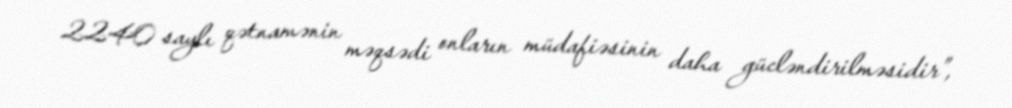
2240 saylı qətnamənin məqsədi onların müdafiəsinin daha gücləndirilməsidir”,